Vaccination in Bombay 1874-1876 - 1874-1876
Year: 1874
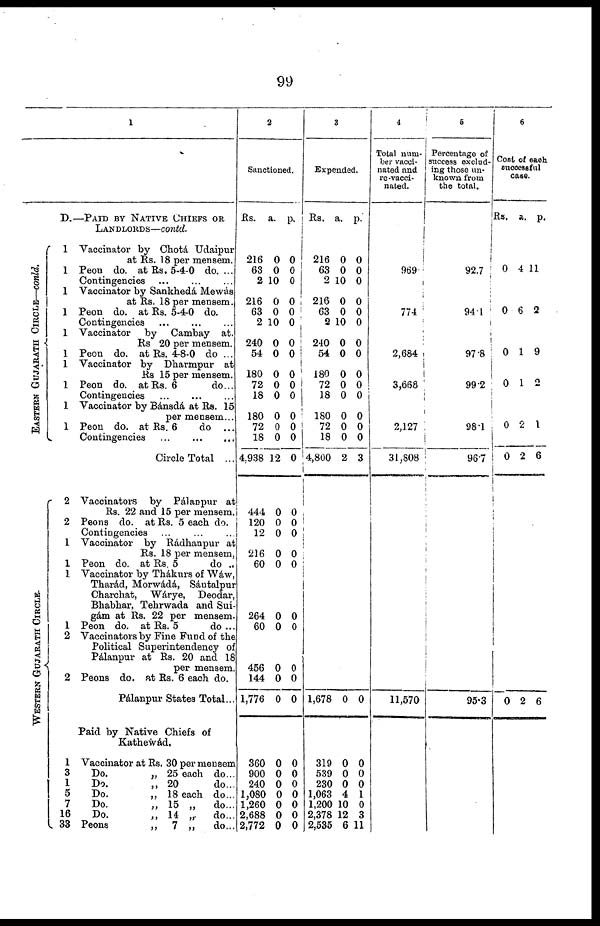
99
1
D.—PAID BY NATIVE CHIEFS OR
LANDLORDS—contd.
EASTERN GUJARATH CIRCLE—conld.
WESTERN GUJARATH CIRCLE.
1 Vaccinator by Chotá Udaipur
at Rs. 18 per mensem.
1 Peon do. at Rs. 5-4-0 do. ...
Contingencies ... ... ...
1 Vaccinator by Sankhedá Mewás
at Rs. 18 per mensem.
1 Peon do. at Rs. 5-4-0 do.
Contingencies ... ... ...
1 Vaccinator by Cambay at.
Rs 20 per mensem.
1 Peon do. at Rs. 4-8-0 do ...
1 Vaccinator by Dharmpur at
Rs 15 per mensem.
1 Peon do. at Rs. 6
do...
Contingencies
...
...
...
1 Vaccinator by Bánsdá at Rs. 15
per mensem...
1 Peon do. at Rs. 6
do ...
Contingencies
...
...
...
Circle Total ...
2 Vaccinators by Pálanpur at
Rs. 22 and 15 per mensem.
2 Peons do. at Rs. 5 each. do.
Contingencies ... ... ...
1 Vaccinator by Rádhanpur at
Rs. 18 per mensem,
1 Peon do. at Rs. 5
do ..
1 Vaccinator by Thákurs of Wáw,
Tharád, Morwádá, Sántalpur
Charchat, Wárye, Deodar,
Bhabhar, Tehrwada and Sui¬
gám at Rs. 22 per mensem.
1 Peon do. at Rs. 5
do ...
2 Vaccinators by Fine Fund of the
Political Superintendency of
Pálanpur at Rs. 20 and 18
per mensem.
2 Peons do. at Rs. 6 each do.
Pálanpur States Total...
Paid by Native Chiefs of
Kathewád.
1 Vaccinator at Rs. 30 per mensem
3
Do.
„ 25 each do...
1
Do.
„ 20
do...
5
Do.
„ 18 each do...
7
Do.
„ 15 „
do...
16
Do.
„ 14 „
do...
33 Peons
„
7 „
do...
2
Sanctioned.
Rs.
216
63
2
216
63
2
240
54
180
72
18
180
72
18
4,938
444
120
12
216
60
264
60
456
144
1,776
a.
0
0
10
0
0
10
0
0
0
0
0
0
0
0
12
0
0
0
0
0
0
0
0
0
0
p.
0
0
0
0
0
0
0
0
0
0 0
0
0 0
0
0
0
0
0
0
0
0
0
0
0
360
900
240
1,080
1,260
2,688
2,772
0
0
0
0
0
0
0
0
0
0
0
0
0
0
3
Expended.
Rs.
216
63
2
216
63
2
240
54
180
72
18
180
72
18
4,800
a.
0
0
10
0
0
10
0
0
0
0
0
0
0
0
2
p.
0
0
0
0
0
0
0
0
0
0
0
0
0
0
3
1,678 0 0
319
539
230
1,063
1,200
2,378
2,535
0
0
0
4
10
12
6
0
0
0
1
0
3
11
4
Total num-
ber vacci-
nated and
re-vacci-
nated.
969
774
2,684
3,668
2,127
31,808
11,570
6
Percentage of
success exclud-
ing those un-
known from
the total.
92.7
94.1
97.8
99.2
98.1
96.7
95.3
6
Cost of each
successful
case.
Rs. a. p.
0 4 11
0 6 2
0 1 9
0 1 2
0 2 1
0 2 6
0 2 6